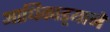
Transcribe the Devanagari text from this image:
आधिकाड़्याने